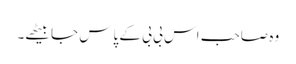
وہ صاحب اس بی بی کے پاس جا بیٹھے۔